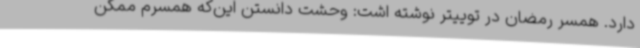
دارد. همسر رمضان در توییتر نوشته اشت: وحشت دانستن این‌که همسرم ممکن